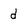
Character: d